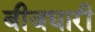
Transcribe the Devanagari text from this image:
बीजधारी